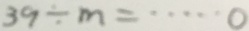
3 9 \div m = \cdots 0